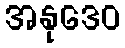
အနုဒေဝ